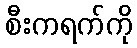
စီးကရက်ကို